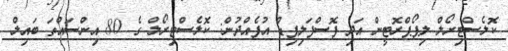
ކޮލެސްޓިރޯލް ލިޕޯޕްރޮޓީން އަދި ފޮސްފަލިޕިޑް އުފެއްދުން: ކޮލެސްޓިރޯލް ގެ 80 އިންސައްތަ ބައިލް